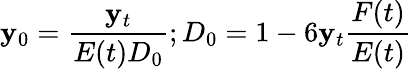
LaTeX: \mathbf{y}_{0}=\frac{{\mathbf{y}_{t}}}{{E(t)D_{0}}};D_{0}=1-6\mathbf{y}_{t}\frac{{F(t)}}{{E(t)}}